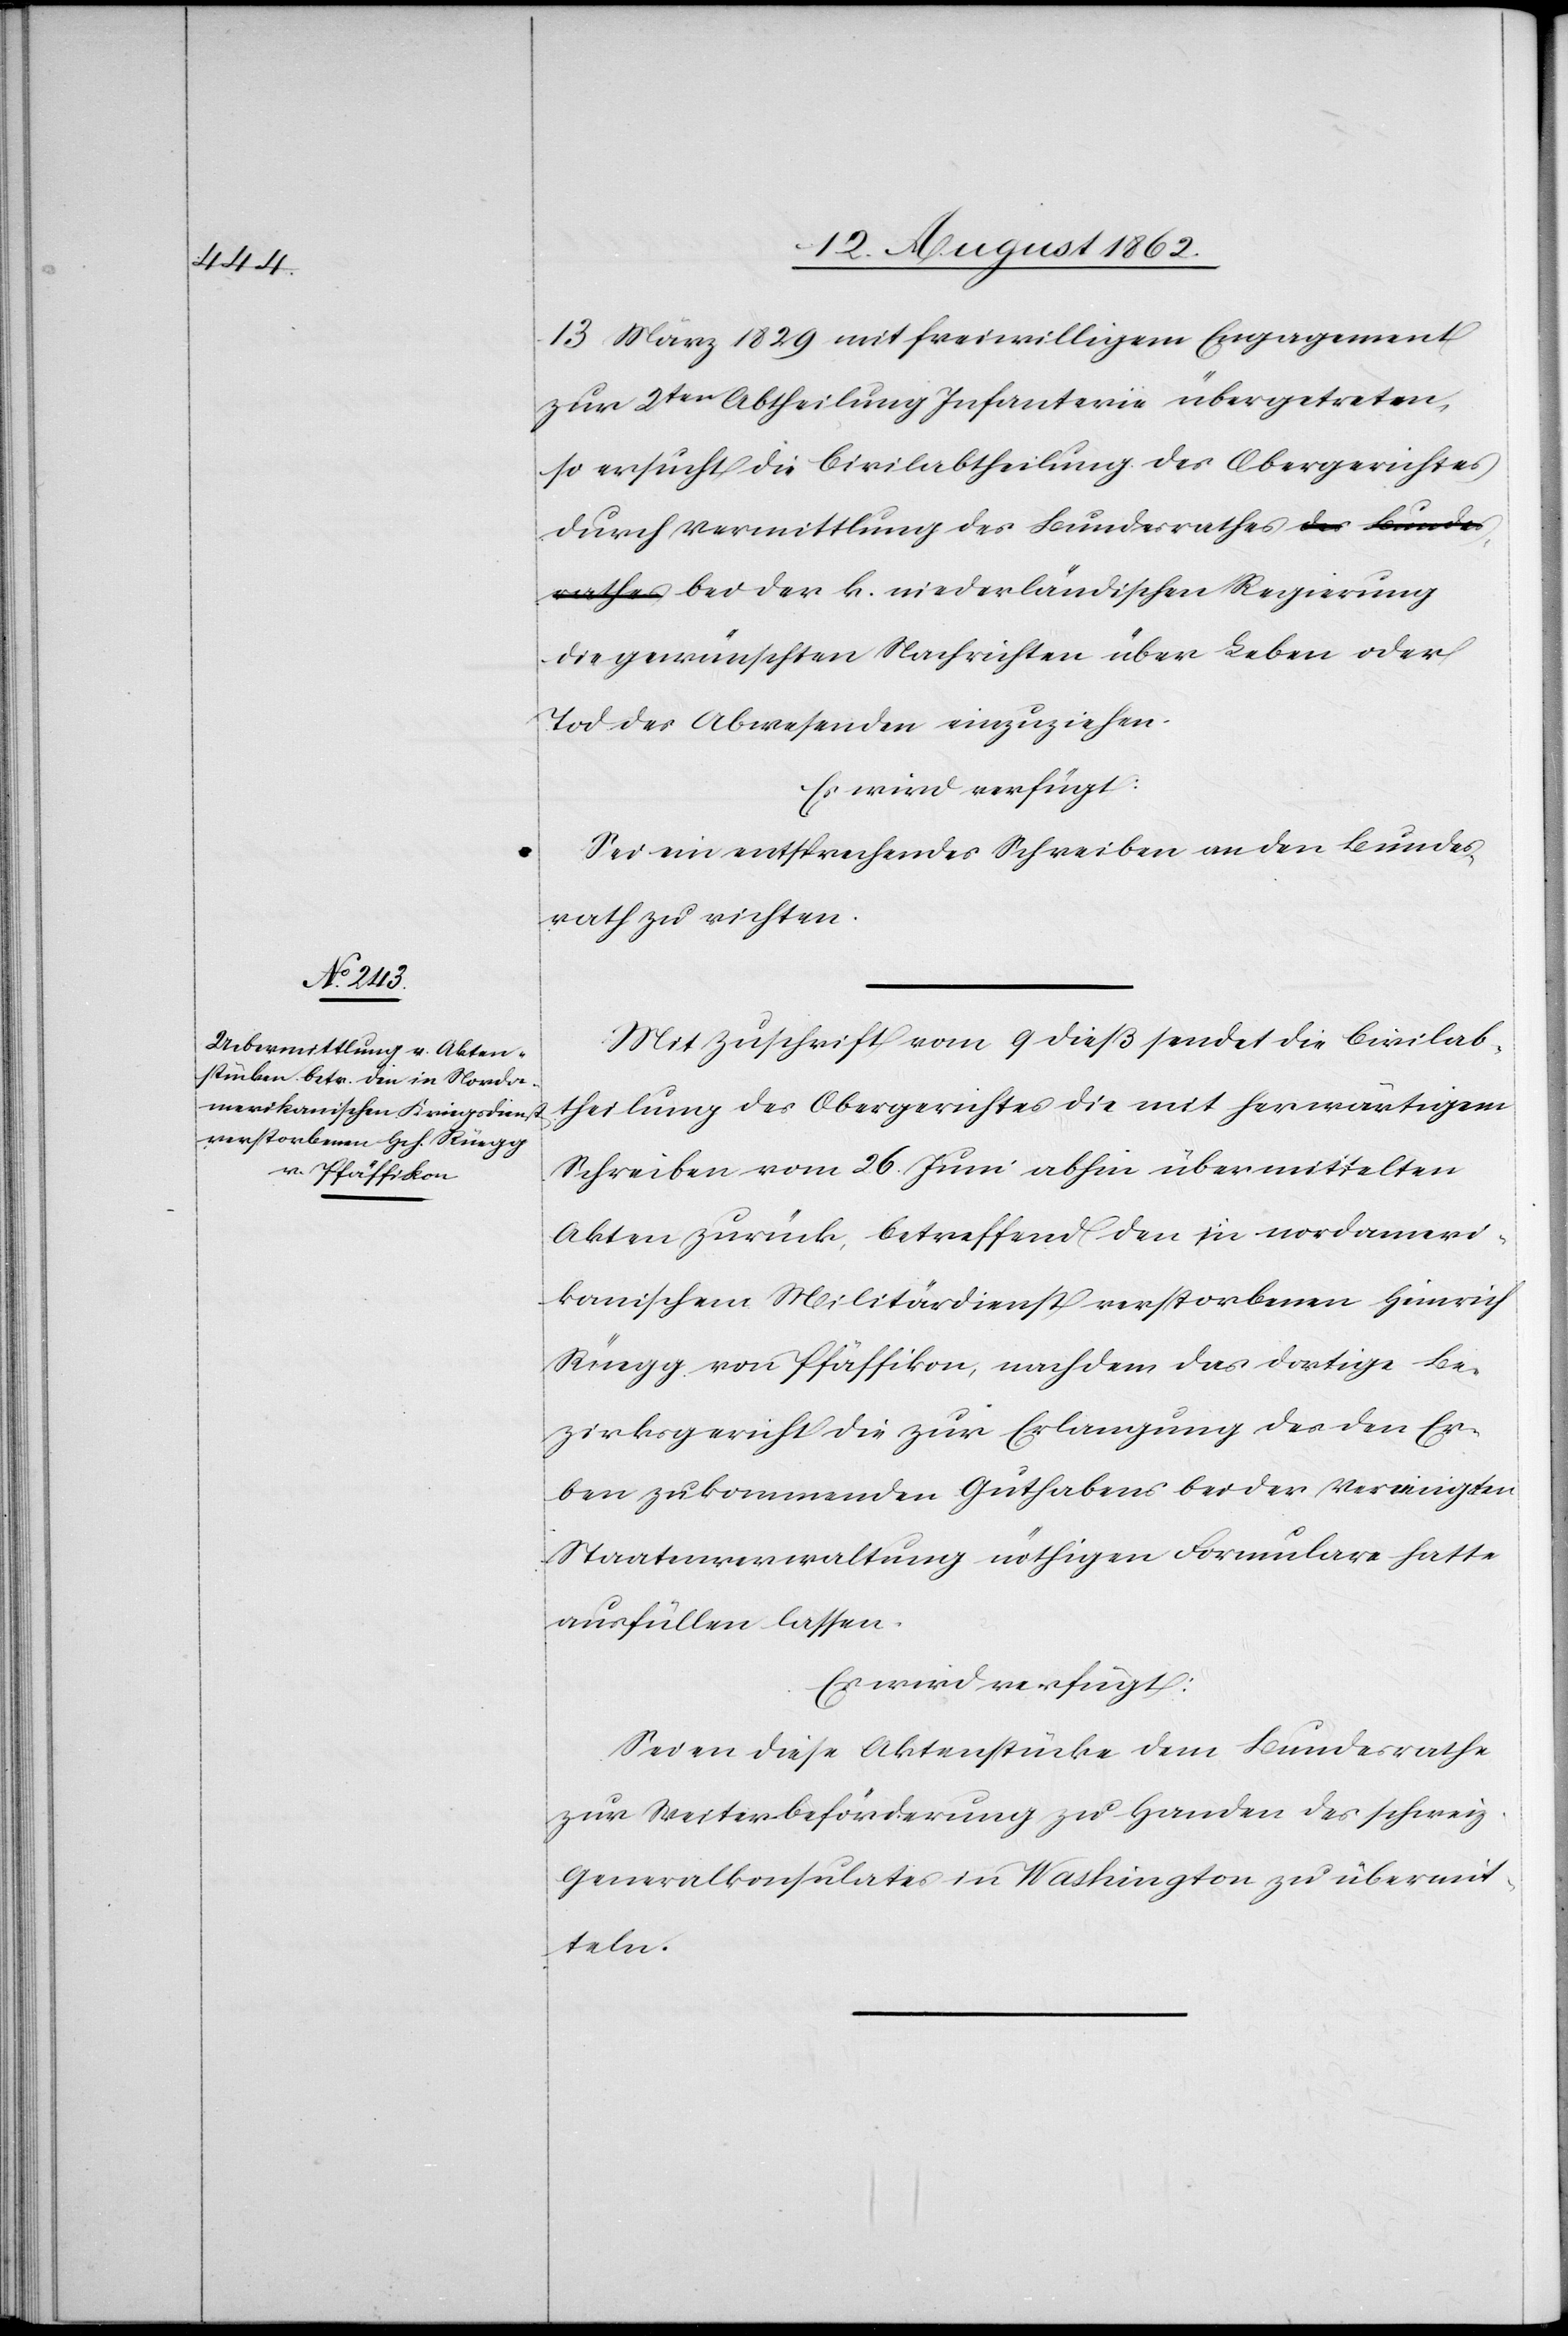
12t August 1862.]
13. März 1829 mit freiwilligem Engagement
zur 2ten Abtheilung Infanterie übergetreten,
so ersucht die Civilabtheilung des Obergerichtes
durch Vermittlung des Bundesrathes bei der
die gewünschten Nachrichten über Leben oder
Tod des Abwesenden einzuziehen.
Es wird verfügt:
Sei ein entsprechendes Schreiben an den Bundes¬
rath zu richten.
Mit Zuschrift vom 9. dieß sendet die Civilab¬
theilung des Obergerichtes die mit herwärtigem
Schreiben vom 26. Juni abhin übermittelten
Akten zurück, betreffend den in nordameri¬
kanischem Militärdienst verstorbenen Heinrich
Rüegg von Pfäffikon, nachdem das dortige Be¬
zirksgericht die zur Erlangung des den Er¬
ben zukommenden Guthabens bei der Vereinigten
Staatenverwaltung nöthigen Formulare hatte
ausfüllen lassen.
Es wird verfügt:
Seien diese Aktenstücke dem Bundesrathe
zur Weiterbeförderung zu Handen des schweiz.
Generalkonsulates in Washington zu übermit¬
teln.